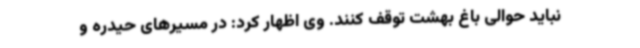
نباید حوالی باغ بهشت توقف کنند. وی اظهار کرد: در مسیرهای حیدره و